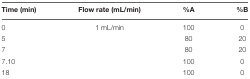
<table><thead><tr><td><b>Time (min)</b></td><td><b>Flow rate (mL/min)</b></td><td><b>%A</b></td><td><b>%B</b></td></tr></thead><tbody><tr><td>0</td><td>1 mL/min</td><td>100</td><td>0</td></tr><tr><td>5</td><td></td><td>80</td><td>20</td></tr><tr><td>7</td><td></td><td>80</td><td>20</td></tr><tr><td>7.10</td><td></td><td>100</td><td>0</td></tr><tr><td>18</td><td></td><td>100</td><td>0</td></tr></tbody></table>